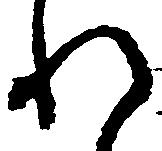
れ